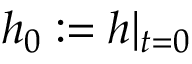
h _ { 0 } : = h | _ { t = 0 }